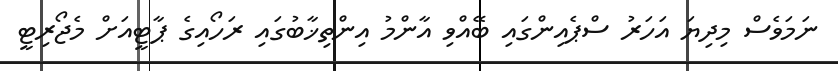
ނަމަވެސް މިދިޔަ އަހަރު ސްޕެއިންގައި ބޭއްވި އާންމު އިންތިޚާބުގައި ރަހޯއިގެ ޕާޓީއަށް މެޖޯރިޓީ